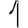
Digit: 1